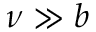
\nu \gg b